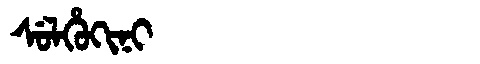
Manchu: ᠰᡠᠯᡥᡠᡴᡳᠨᡳ
Romanization: SULHUKINI